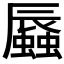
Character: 𧒏